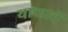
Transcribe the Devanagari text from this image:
याव्हाचें